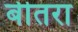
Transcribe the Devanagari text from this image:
बीतरा